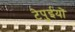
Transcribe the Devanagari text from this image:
टेपुईयों